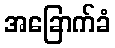
အခြောက်ခံ